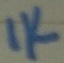
Text: 1K